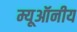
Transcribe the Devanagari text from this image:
म्यूऑनीय